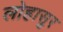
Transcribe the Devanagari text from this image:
लोहासुर